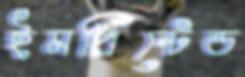
ইমপ্রিন্টেড